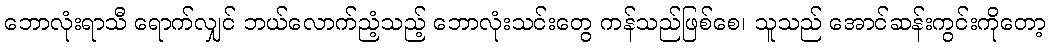
ဘောလုံးရာသီ ရောက်လျှင် ဘယ်လောက်ညံ့သည့် ဘောလုံးသင်းတွေ ကန်သည်ဖြစ်စေ၊ သူသည် အောင်ဆန်းကွင်းကိုတော့